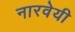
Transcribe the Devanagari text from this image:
नारवेयी